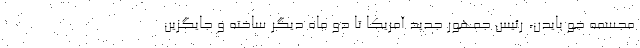
مجسمه جو بایدن، رئیس جمهور جدید آمریکا تا دو ماه دیگر ساخته و جایگزین